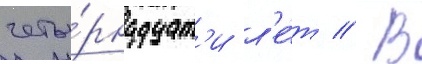
четы́рнадцат'и л'е́т // В